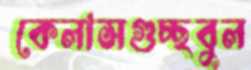
কেলাসগুচ্ছবুল